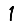
Digit: 1